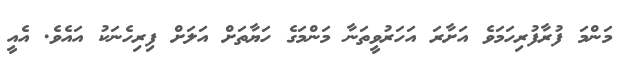
މަންމަ ފުރާފުރިހަމަވެ އަށާރަ އަހަރުވީތަނާ މަންމަގެ ހަޔާތަށް އަލަށް ފިރިހެނަކު އައެވެ. އެއީ